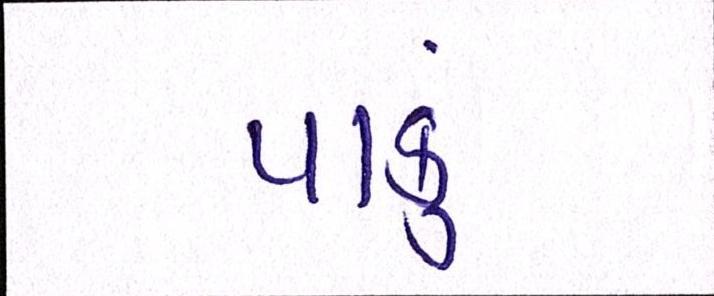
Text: પાકું